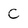
Character: C